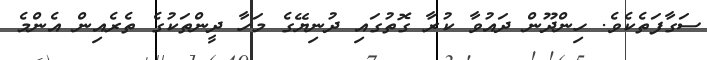
ސަގާފަތެކެވެ. ހިންދޫން ދައުވާ ކުރާ ގޮތުގައި ދުނިޔޭގެ މަހާ ދީންތަކުގެ ތެރެއިން އެންމެ